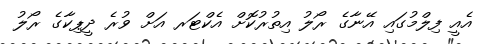
އެއީ ފިލްމުގައި އޭނާގެ ރޯލު އިތުރުކޮށް އެކްޓަރ އަށް ވުރެ ދީޕިކާގެ ރޯލު